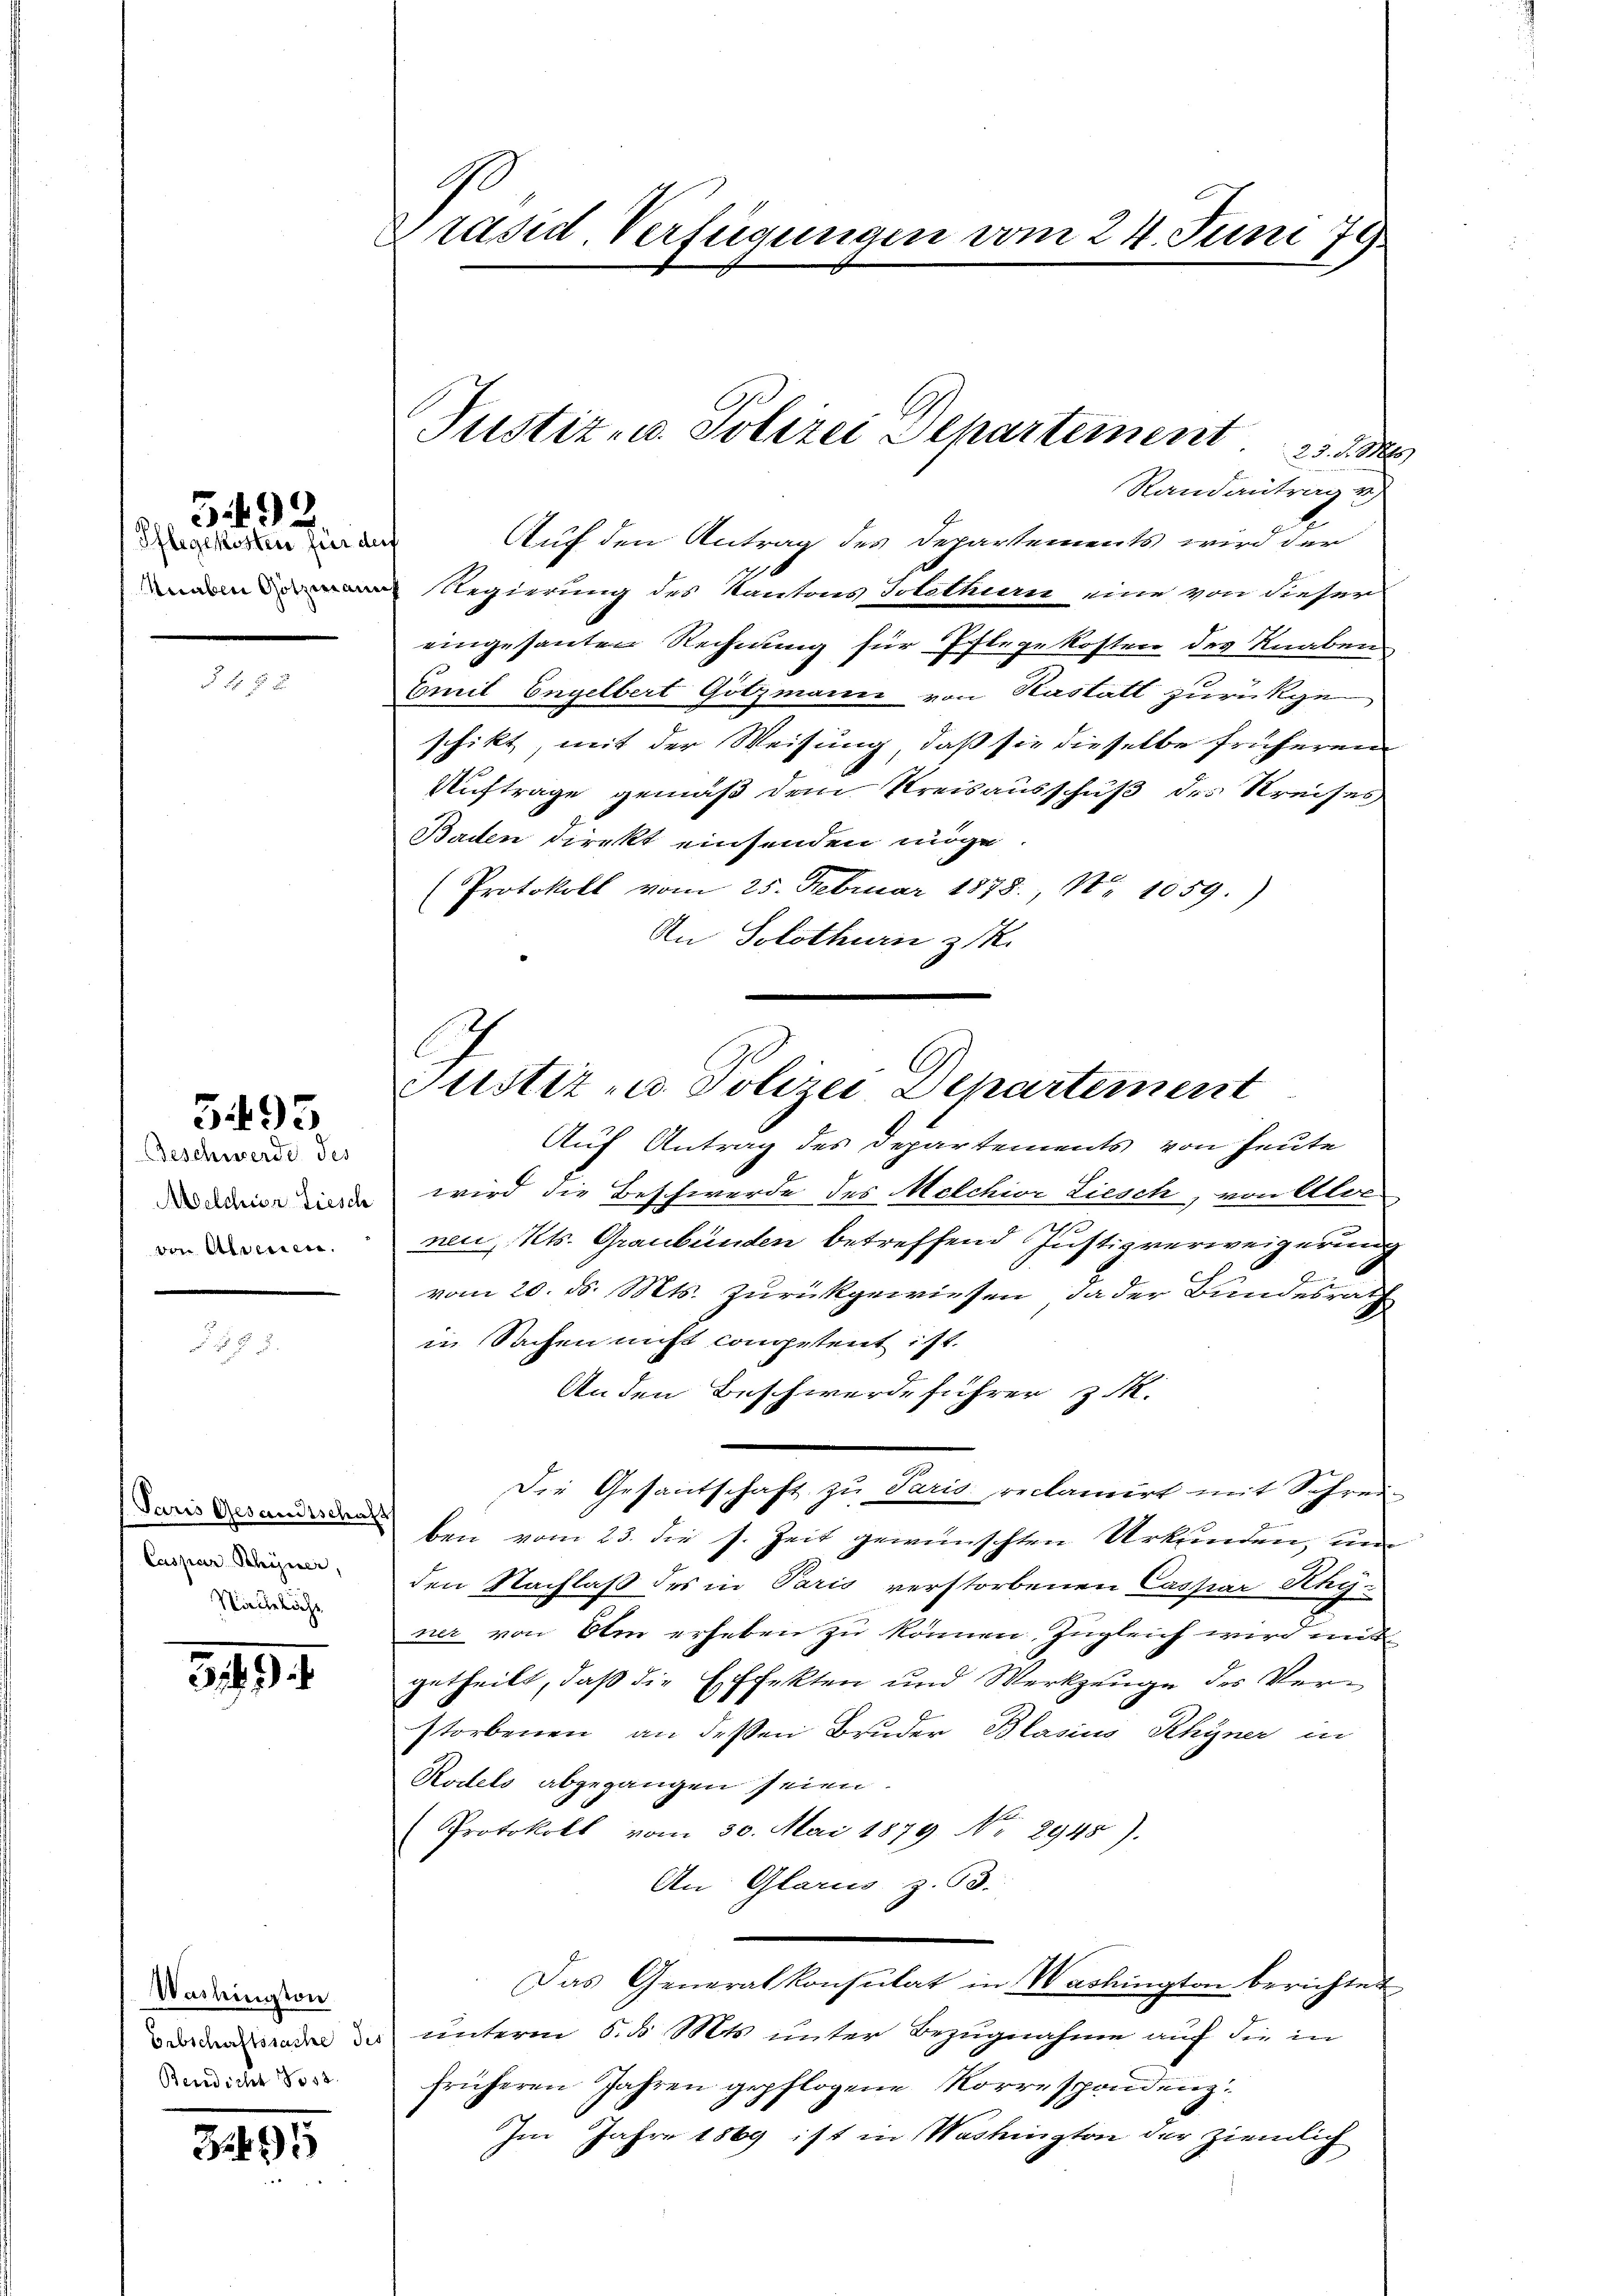
Pflegekosten für dies
Knaben Gotzmann

5492.

Beschwerde des
Melchior Liesch
von Alimen.

5495

Caspar Schöner,
Näckliche

3. 494.

Washington
Beredicht No 52.

99

7
Präsid. Verfügungen vom 24. Juni 179

Justiz- u. Polizei Departement. 23. d. Ms.
Randantrag z

Auf den Antrag des Departements wird der
Regierung des Kantons Solothurn eine von dieser
eingesanten Rechnung für Pflegekosten des Knaben
Emil Engelbert Götzmann von Kastatt zurückge
schikt, mit der Weisung, daß sie dieselbe früheren
Auftrage gemäß dem Kreisausschuß des Kreises
Baden direkt einsenden möge.
Protokoll vom 25. Februar 1878. No 1059.)
An Solothurn z.

Auf Antrag des Departements von Heute
wird die Beschwerde des Melchior Liesch, von Aloc
neu, Kts. Graubünden betreffend Justizverweigerung
vom 20. ds. Mts. Zurückgewiesen, da der Bundesrath
in Sachen nicht competent ist.
Anden Beschwerdeführer z. R.
Die Gesantschaft zu Paris reclamirt mit Schrei-
aben vom 23. die s. Zeit gewünschten Urkunden, unden Nachlaß des in Paris verstorbenen Caspar Rhyner von Olm erheben zu können, zugleich wird mit
getheilt, daß die Effekten und Werkzeuge des Verstorbenen an dessen Bruder Blasius Rhyner in
Rodels abgegangen seien.
Protokoll vom 30. Mai 1879 No 2945).
An Glarus Z. 63.
Das Generalkonsulat in Washington berichtet
 des unterm 8. d. Mts. unter Bezugnahme auf die in
früheren Jahren gepflogene Korrespondenz.
Im Jahre 1869 ist in Washington der ziemlich

Justiz - Polizei Departement